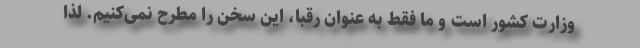
وزارت کشور است و ما فقط به عنوان رقبا، این سخن را مطرح نمی‌کنیم. لذا